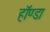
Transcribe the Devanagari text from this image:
हॉण्डा